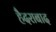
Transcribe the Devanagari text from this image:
हैैदराबाद